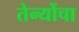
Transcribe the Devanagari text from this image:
तेन्योंचा